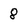
Character: 8